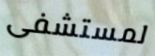
لمستشفى